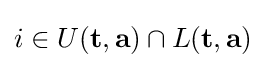
i\in U(\mathbf {t} ,\mathbf {a} )\cap L(\mathbf {t} ,\mathbf {a} )